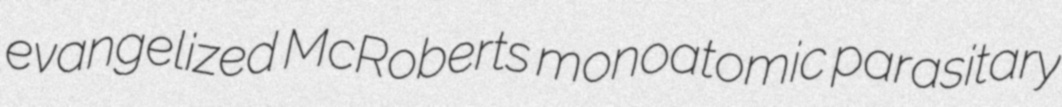
evangelized McRoberts monoatomic parasitary